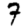
Digit: 7